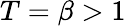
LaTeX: T=\beta>1